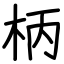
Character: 柄